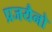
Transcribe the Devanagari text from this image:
प्रजयैनो